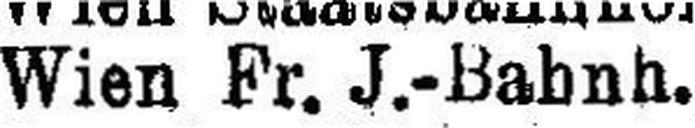
Wien Fr. J.-Bahnh.